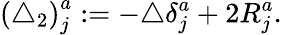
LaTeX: \left(\triangle_{2}\right)_{j}^{a}:=-\triangle\delta_{j}^{a}+2R_{j}^{a}.